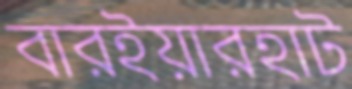
বারইয়ারহাট